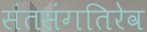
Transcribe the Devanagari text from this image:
संतसंगतिरेव